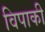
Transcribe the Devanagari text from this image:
विपाकी